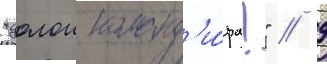
"долои команд'и́ра!" // 9